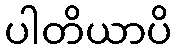
ပါတိယာပိ